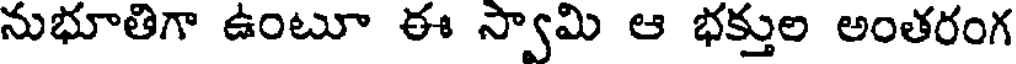
నుభూతిగా ఉంటూ ఈ స్వామి ఆ భక్తుల అంతరంగ